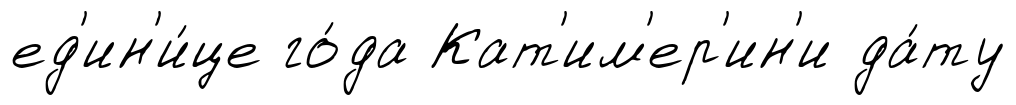
ед'ин'и́це го́да Кат'им'ер'ин'и да́ту